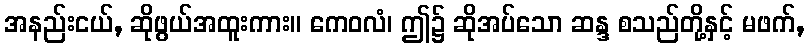
အနည်းငယ်, ဆိုဖွယ်အထူးကား။ ကေဝလံ၊ ဤ၌ ဆိုအပ်သော ဆန္ဒ စသည်တို့နှင့် မဖက်,